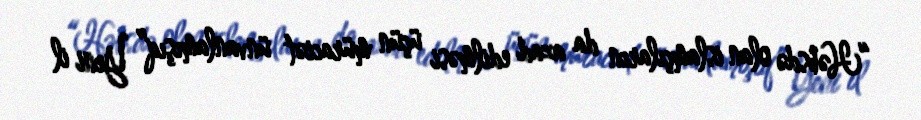
“Həbsdə olan islamçıların da azad edilməsi üçün müraciət ünvanlamışıq” Yeni il